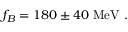
f _ { B } = 1 8 0 \pm 4 0 \ \mathrm { M e V } \ .